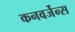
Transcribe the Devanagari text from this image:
कनवर्जेन्स